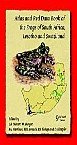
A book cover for Atlas and Red Data Book of the Frogs of South Africa, Lesotho and Swaziland!; Travel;